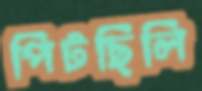
পিটছিলি